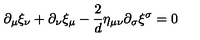
\partial _ { \mu } \xi _ { \nu } + \partial _ { \nu } \xi _ { \mu } - \frac { 2 } { d } \eta _ { \mu \nu } \partial _ { \sigma } \xi ^ { \sigma } = 0